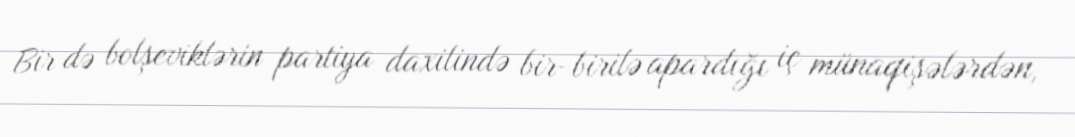
Bir də bolşeviklərin partiya daxilində bir-birilə apardığı iç münaqişələrdən,